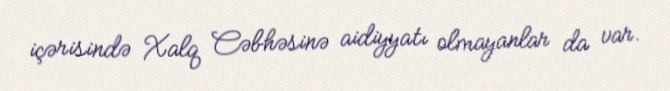
içərisində Xalq Cəbhəsinə aidiyyatı olmayanlar da var.